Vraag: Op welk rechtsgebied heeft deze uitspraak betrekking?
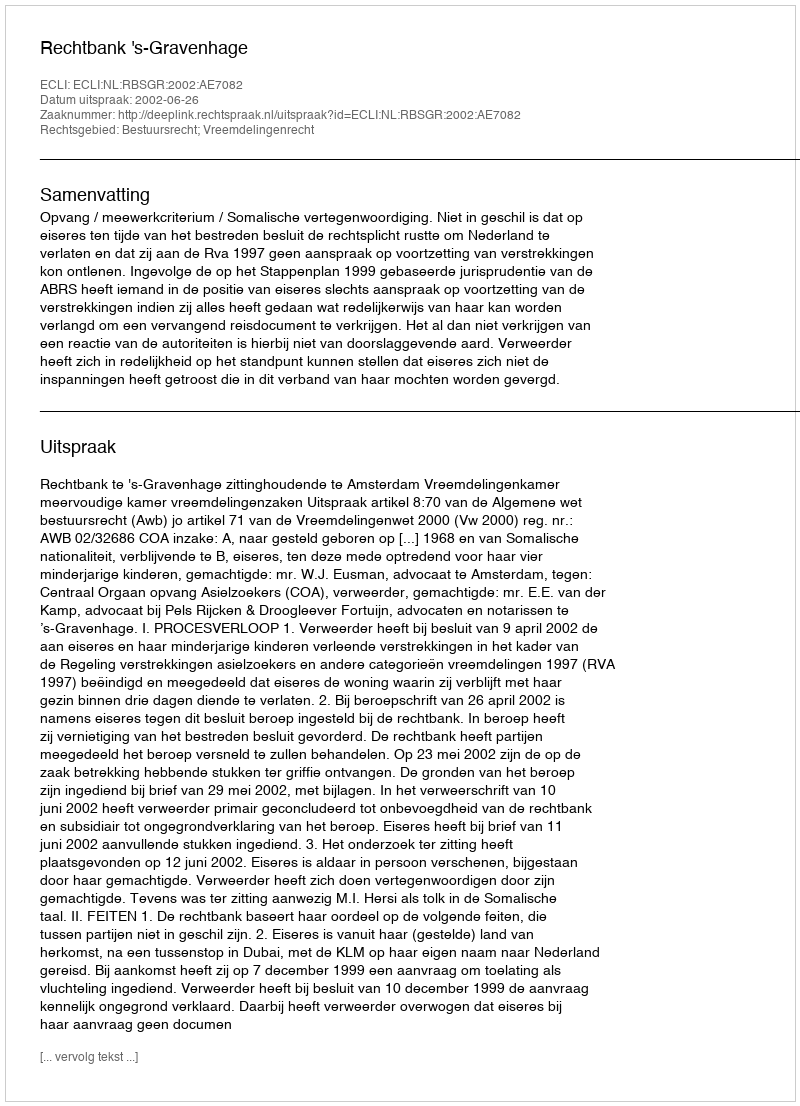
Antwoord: Bestuursrecht; Vreemdelingenrecht